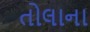
તોલાના